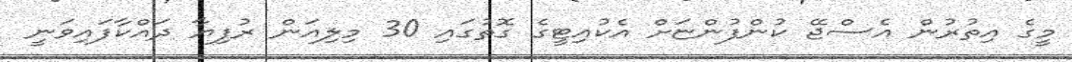
މީގެ އިތުރުން އެސްޖޭ ކުންފުންޏަށް އެކުއިޓީގެ ގޮތުގައި 30 މިލިއަން ރުފިޔާ ދައްކާފައިވަނީ